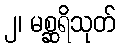
၂၊ မစ္ဆရိသုတ်